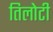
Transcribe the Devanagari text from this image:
तिलोटी